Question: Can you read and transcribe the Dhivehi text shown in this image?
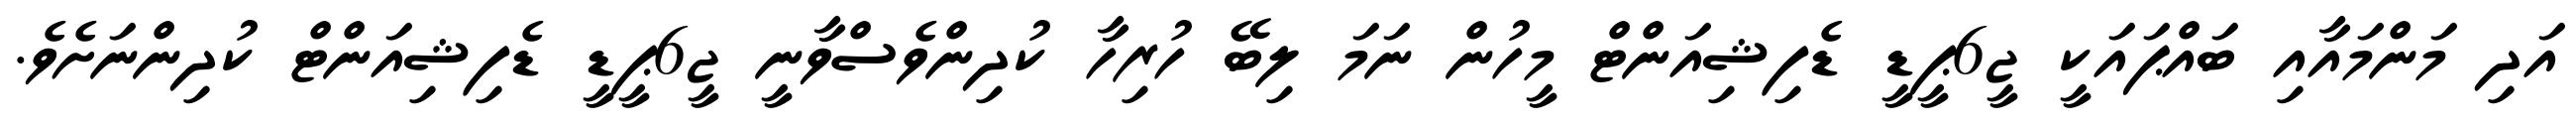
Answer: އަދި މަންމައާއި ބައްޕައަކީ ޖީ6ޕީޑީ ޑެފިޝިއަންޓް މީހުން ނަމަ ލިބޭ ހުރިހާ ކުދިންވެސްވާނީ ޖީ6ޕީޑީ ޑެފިޝިއަންޓް ކުދިންނަށެވެ.